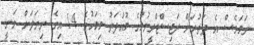
ނަމަވެސް އެ ދަތުރަށް ރަޖިސްޓްރީވުމުގެ މުއްދަތު މިމަހުގެ 14 އިގެ ނިޔަލަށް ވަނީ